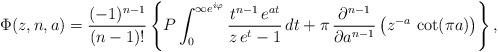
LaTeX: \begin{align*}\Phi(z,n,a) = \frac{(-1)^{n-1}}{(n-1)!}\left\{P\int_0^{\infty {e}^{{i}\varphi}}\frac{t^{n-1}\,{e}^{at}}{z\,{e}^t-1}\,{d}t+ \pi\,\frac{\partial^{n-1}}{\partial a^{n-1}}\left(z^{-a}\,\cot(\pi a)\right)\right\}, \end{align*}